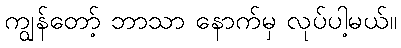
ကျွန်တော့် ဘာသာ နောက်မှ လုပ်ပါ့မယ်။